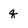
Character: q